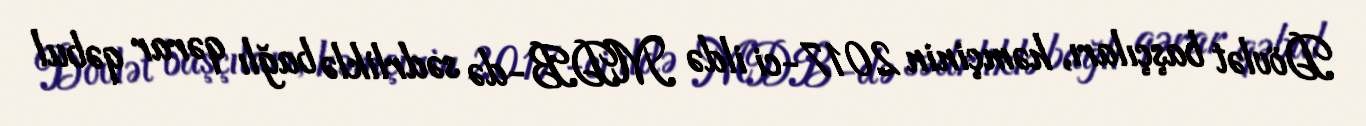
Dövlət başçıları, həmçinin 2017-ci ildə MDB-də sədrliklə bağlı qərar qəbul